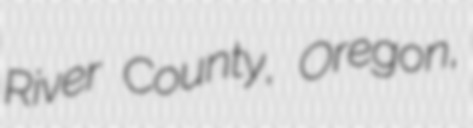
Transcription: River County, Oregon,